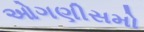
ઓગણીસમો